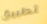
تطبيق